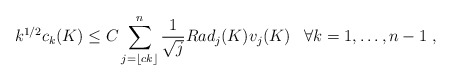
\begin{align*}k^{1/2} c_{k}(K) \leq C \sum_{j=\lfloor c k \rfloor}^n \frac{1}{\sqrt{j}} Rad_j(K) v_j(K) \;\;\; \forall k = 1,\ldots,n-1 ~,\end{align*}